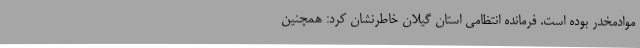
موادمخدر بوده است. فرمانده انتظامی استان گیلان خاطرنشان کرد: همچنین